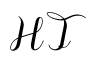
\mathcal { H T }